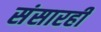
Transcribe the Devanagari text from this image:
संसारही